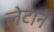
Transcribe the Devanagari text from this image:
लेटाने